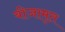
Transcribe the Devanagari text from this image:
बीजामृत